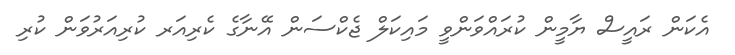
އެކަން ރައީސް ޔާމީން ކުރައްވަންވީ މައިކަލް ޖެކްސަން އޭނާގެ ކެރިއަރ ކުރިއަރުވަން ކުރި